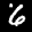
Label: 6